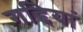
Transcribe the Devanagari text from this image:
गद्दियां